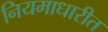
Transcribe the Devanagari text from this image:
नियमाधारीत